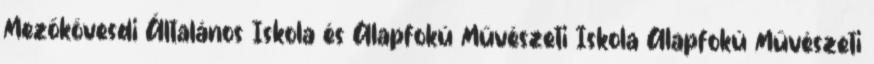
Mezőkövesdi Általános Iskola és Alapfokú Művészeti Iskola Alapfokú Művészeti